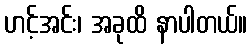
ဟင့်အင်း၊ အခုထိ နာပါတယ်။